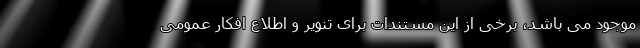
موجود می باشد، برخی از این مستندات برای تنویر و اطلاع افکار عمومی